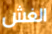
الغش